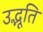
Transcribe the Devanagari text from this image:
उद्भूति